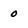
Character: o